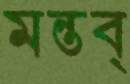
মন্তব্